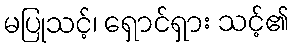
မပြုသင့်၊ ရှောင်ရှား သင့်၏